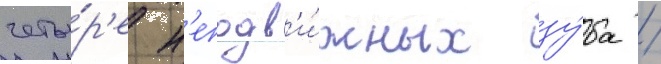
четы́р'е н'еподв'и́жных зу́ба /